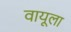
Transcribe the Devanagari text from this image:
वायूला